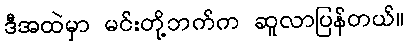
ဒီအထဲမှာ မင်းတို့ဘက်က ဆူလာပြန်တယ်။